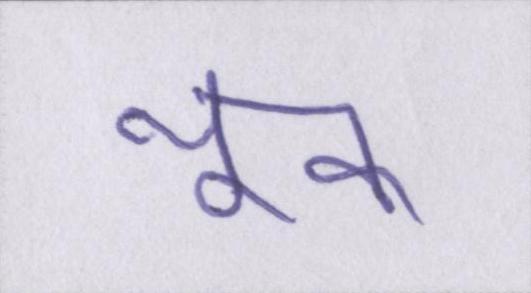
थूक